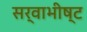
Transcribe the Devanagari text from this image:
सर्वाभीष्ट